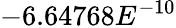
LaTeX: -6.64768E^{-10}